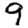
Digit: 9